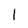
Character: 1